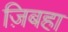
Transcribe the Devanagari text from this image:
ज़िबहा